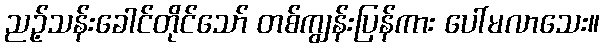
ညဉ့်သန်းခေါင်တိုင်သော် တစ်ကျွန်းပြန်ကား ပေါ်မလာသေး။